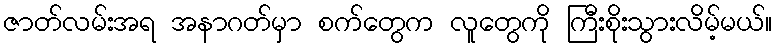
ဇာတ်လမ်းအရ အနာဂတ်မှာ စက်တွေက လူတွေကို ကြီးစိုးသွားလိမ့်မယ်။